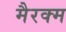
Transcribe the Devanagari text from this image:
मैरक्म